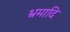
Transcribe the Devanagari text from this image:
भ्रमादि